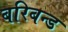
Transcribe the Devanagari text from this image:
बरिबन्ड